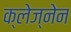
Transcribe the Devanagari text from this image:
क्लेज्नेन